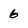
Character: 6